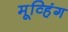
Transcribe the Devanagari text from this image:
मूव्हिंग